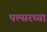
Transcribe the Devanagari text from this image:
पल्सरच्या